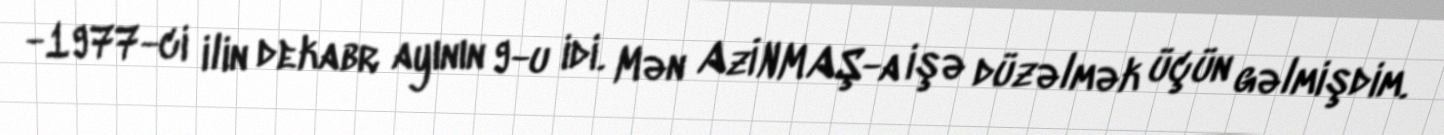
-1977-ci ilin dekabr ayının 9-u idi. Mən AzİNMAŞ-a işə düzəlmək üçün gəlmişdim.